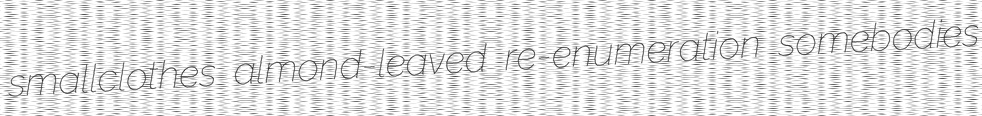
smallclothes almond-leaved re-enumeration somebodies